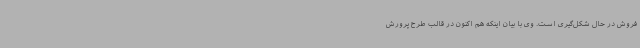
فروش در حال شکل‌گیری است. وی با بیان اینکه هم اکنون در قالب طرح پرورش